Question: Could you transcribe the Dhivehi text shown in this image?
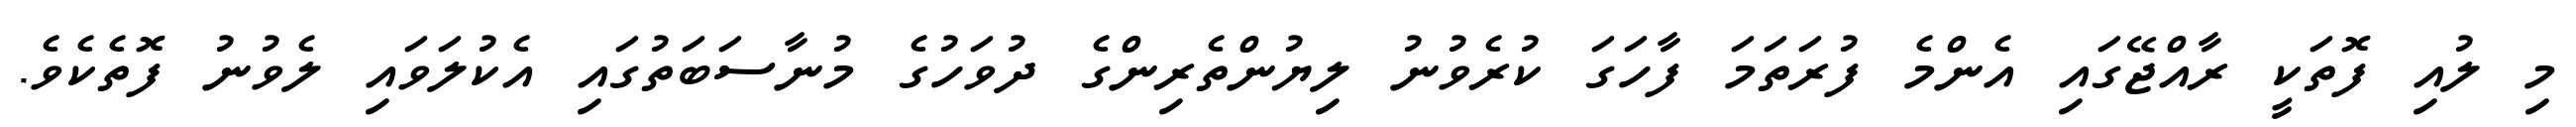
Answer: މި ލުއި ފޮތަކީ ރާއްޖޭގައި އެންމެ ފުރަތަމަ ފާހަގަ ކުރެވުނު ލިޔުންތެރިންގެ ދުވަހުގެ މުނާސަބަތުގައި އެކުލަވައި ލެވުނު ފޮތެކެވެ.